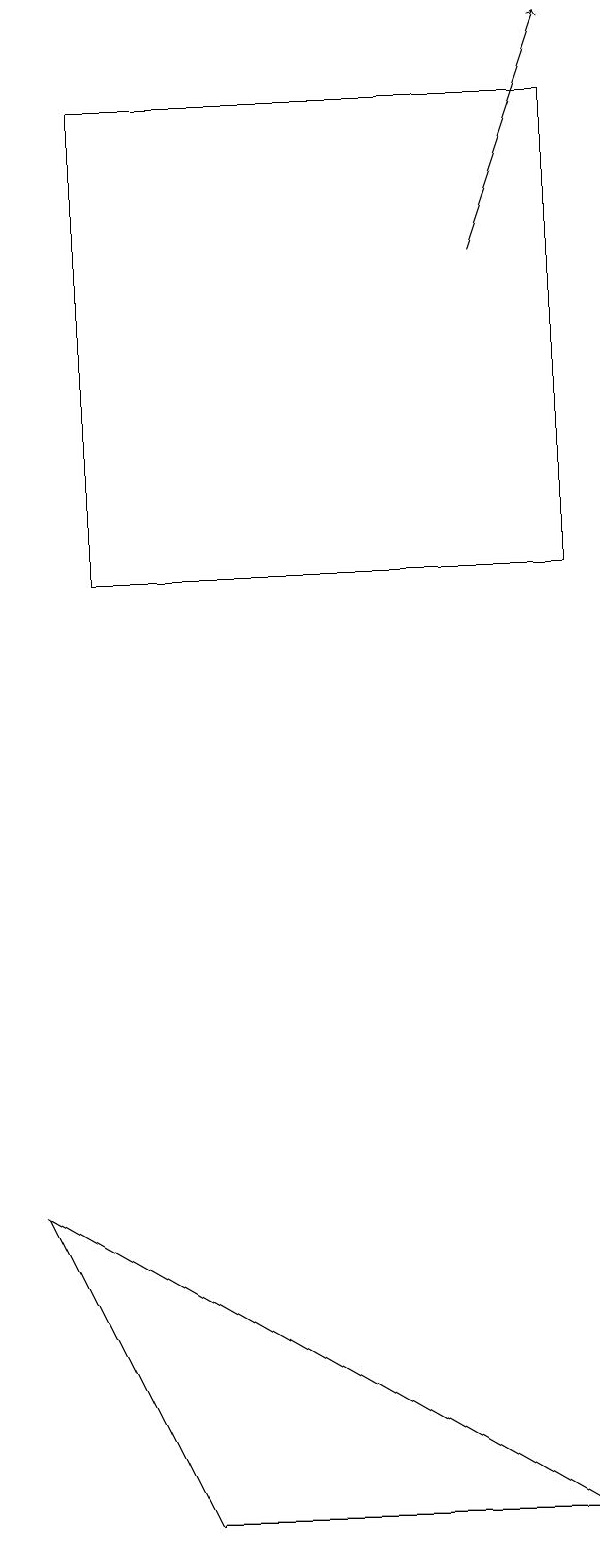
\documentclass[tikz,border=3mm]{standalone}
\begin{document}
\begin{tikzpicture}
\draw (2,0) -- (7,0) -- (0,4) -- cycle;
\draw[->] (6,16) -- (7,19);
\draw (1,18) rectangle (7,12);
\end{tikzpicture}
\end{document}